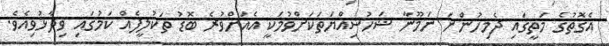
އެގޮތުގެ މަތީގައި ދެމިހުންނަ ނަމޫނާ ޝަހުސިއްޔަތަކަށްވުމަކީ އެއަށްވުރެ ބޮޑު ތަކުލީފެއް ކަމުގައި ވިދާޅުވިއެވެ.